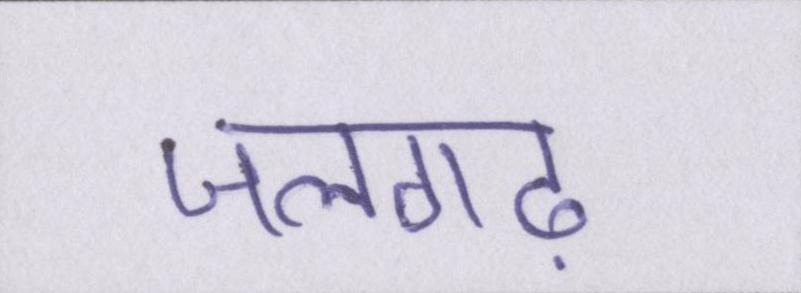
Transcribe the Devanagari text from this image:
जलगढ़